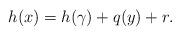
LaTeX: \begin{align*}h(x)=h(\gamma)+q(y)+r.\end{align*}